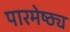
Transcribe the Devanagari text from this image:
पारमेष्ठ्य